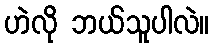
ဟဲလို ဘယ်သူပါလဲ။